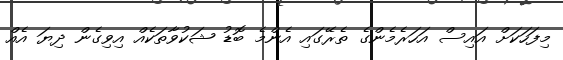
މިފަހަކަށް އައިސް އަހަރެމެންގެ ތެރޭގައި އެންމެ ބޮޑު ޝަކުވާތަކެއް އިވިގެން ދިޔަ އެއް